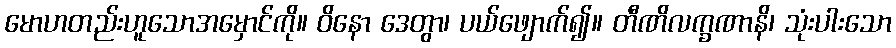
မောဟတည်းဟူသောအမှောင်ကို။ ဝိနော ဒေတွာ၊ ပယ်ဖျောက်၍။ တီဏိလက္ခဏာနိ၊ သုံးပါးသော